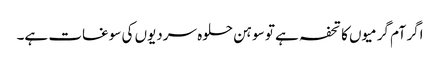
اگر آم گرمیوں کا تحفہ ہے تو سوہن حلوہ سردیوں کی سوغات ہے۔